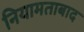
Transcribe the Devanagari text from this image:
नियामताबाद